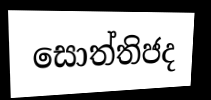
සොත්තිජද